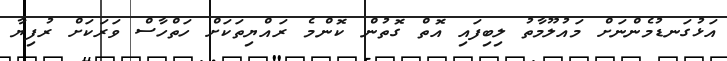
އަޅުގަނޑުމެންނަށް މައުލޫމާތު ލިބިފައި އޮތް ގޮތުން ކޮންމެ ރައްޔިތަކަށް ހަތްހާސް ވަރަކަށް ރުފިޔާ